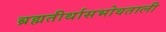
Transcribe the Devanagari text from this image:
ब्रह्मतीर्थासभोवताली